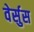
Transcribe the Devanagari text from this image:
वेर्सुस